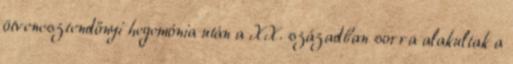
ötvenesztendőnyi hegemónia után a XX. században sorra alakultak a